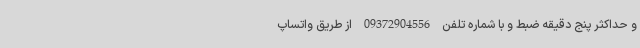
و حداکثر پنج دقیقه ضبط و با شماره تلفن 09372904556 از طریق واتساپ